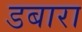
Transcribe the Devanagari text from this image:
डबारा